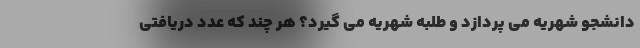
دانشجو شهریه می پردازد و طلبه شهریه می گیرد؟ هر چند که عدد دریافتی